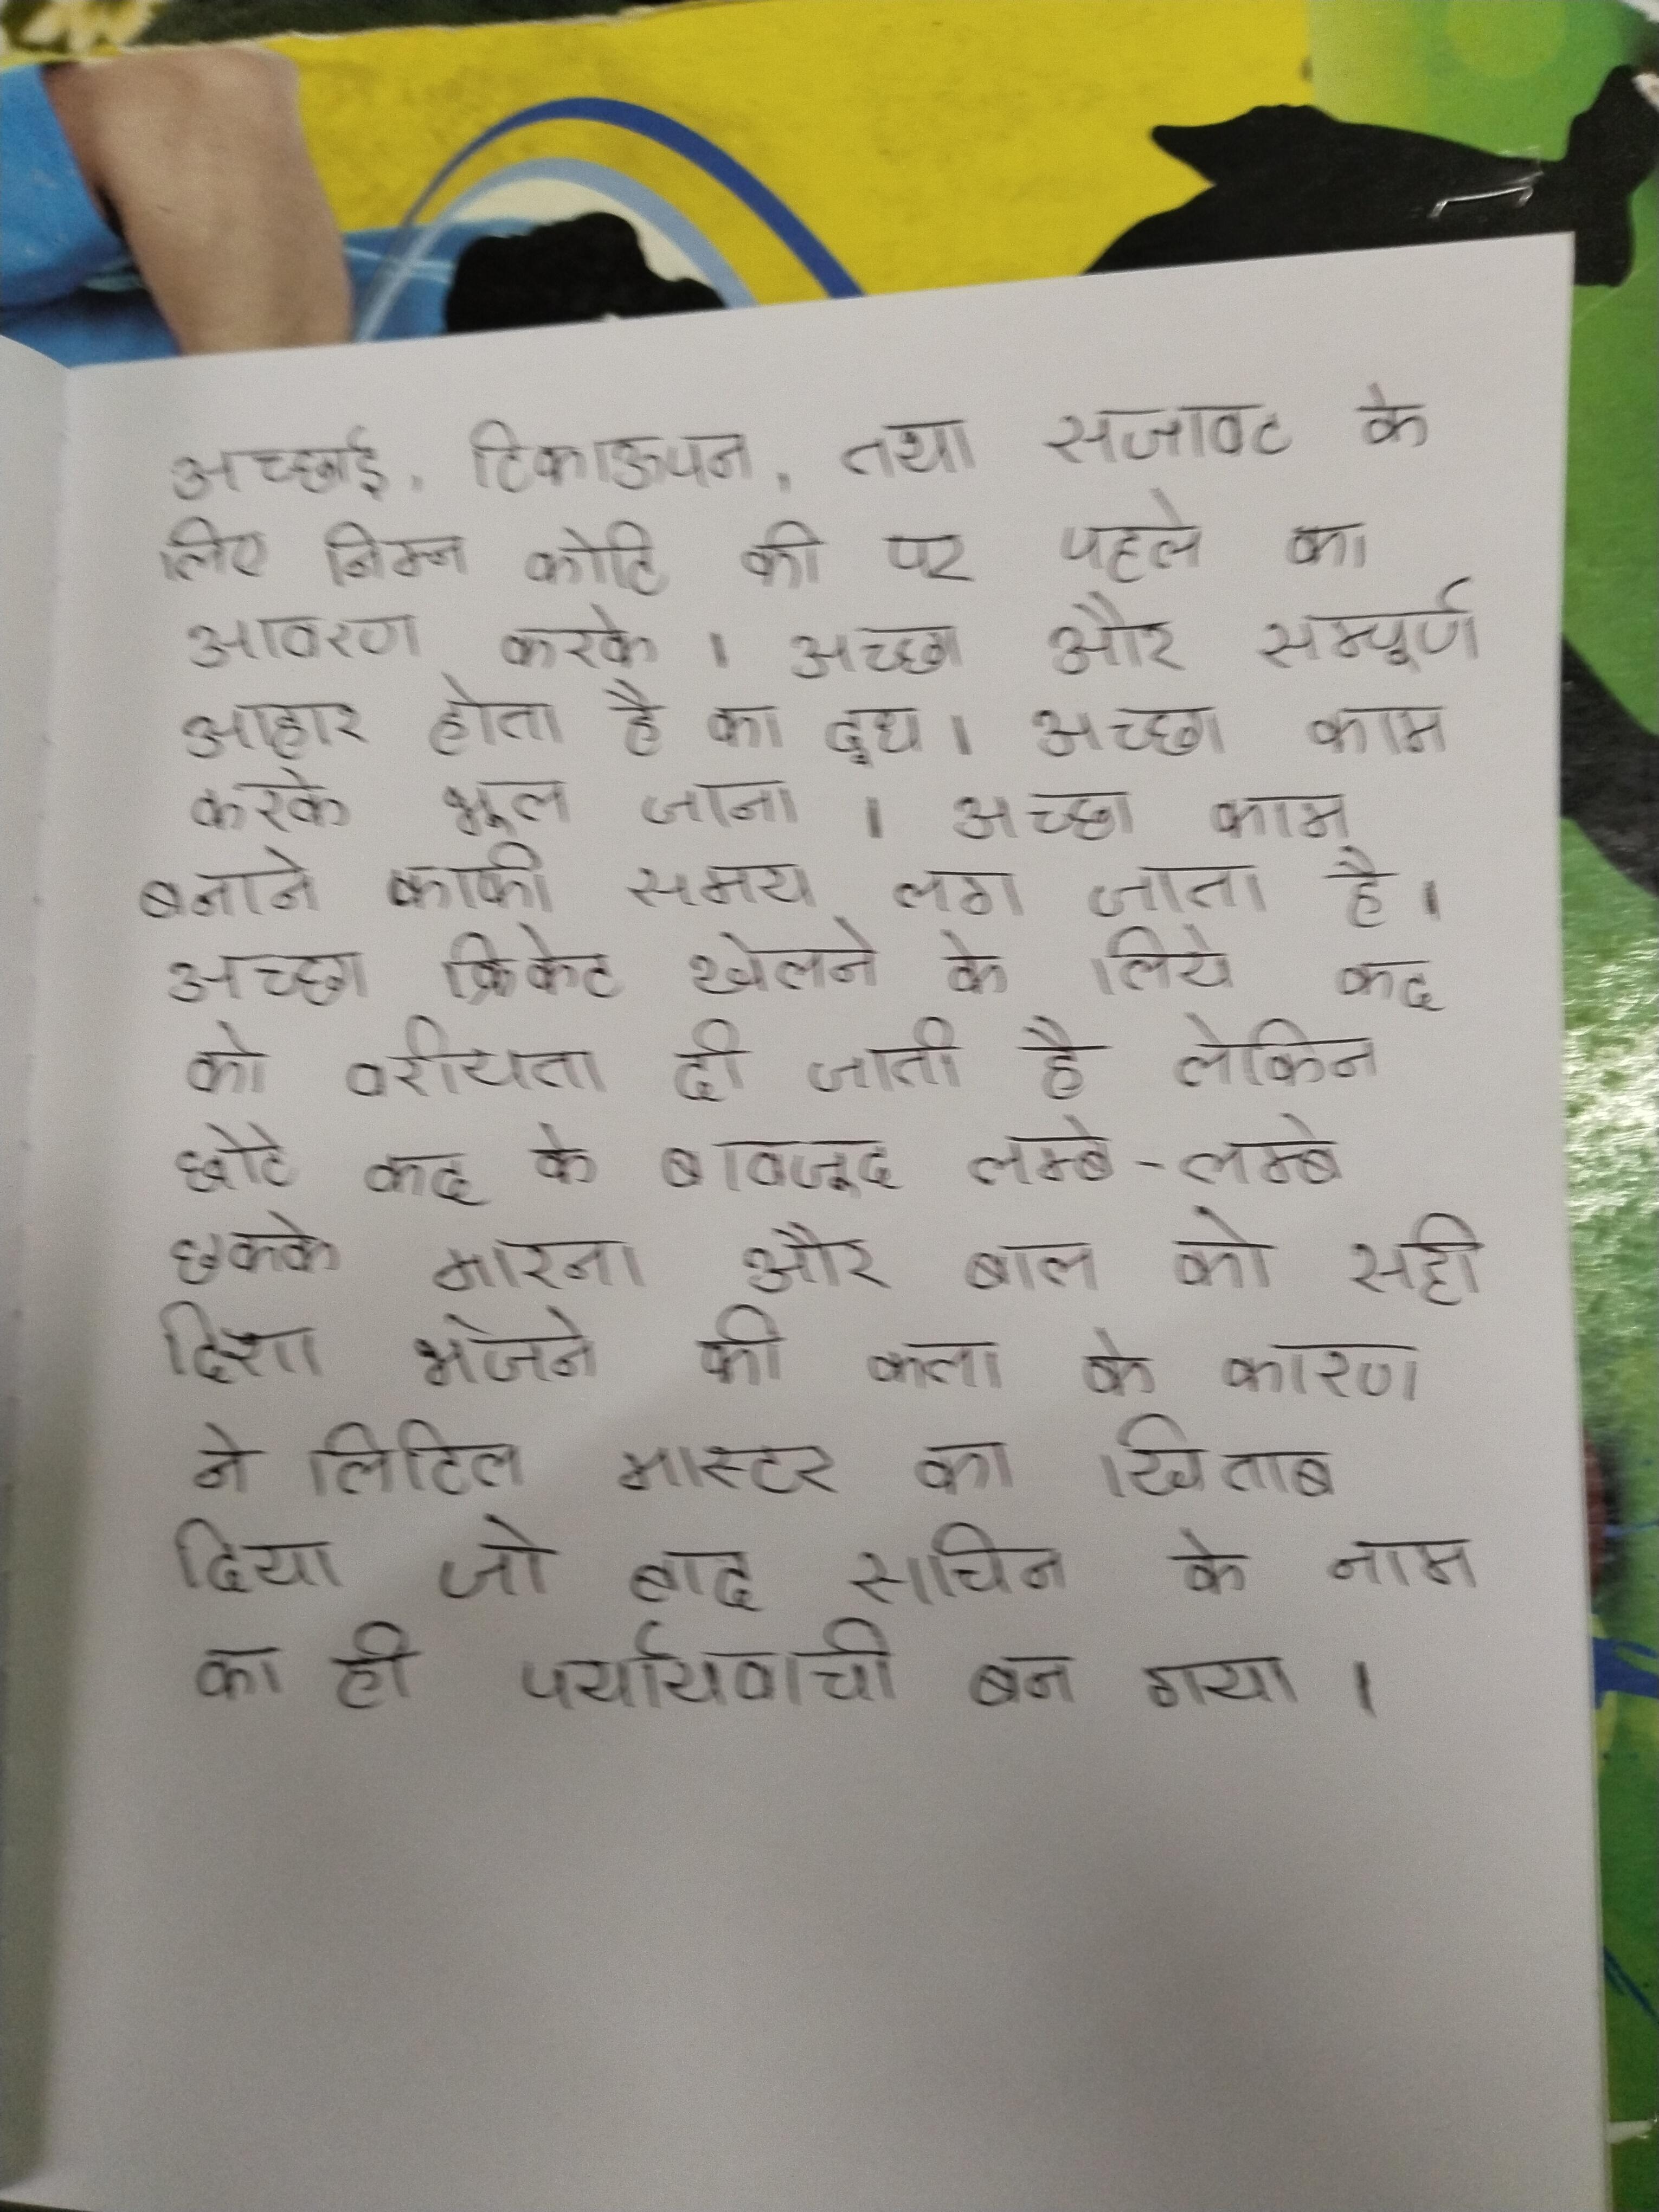
अच्छाई, टिकाऊपन, तथा सजावट के लिए निम्न कोटि की पर पहले का आवरण करके । अच्छा और सम्पूर्ण आहार होता है का दूध । अच्छा काम करके भूल जाना । अच्छा काम बनाने काफी समय लग जाता है । अच्छा क्रिकेट खेलने के लिये कद को वरीयता दी जाती है लेकिन छोटे कद के बावजूद लम्बे-लम्बे छक्के मारना और बाल को सही दिशा भेजने की कला के कारण ने लिटिल मास्टर का खिताब दिया जो बाद सचिन के नाम का ही पर्यायवाची बन गया ।